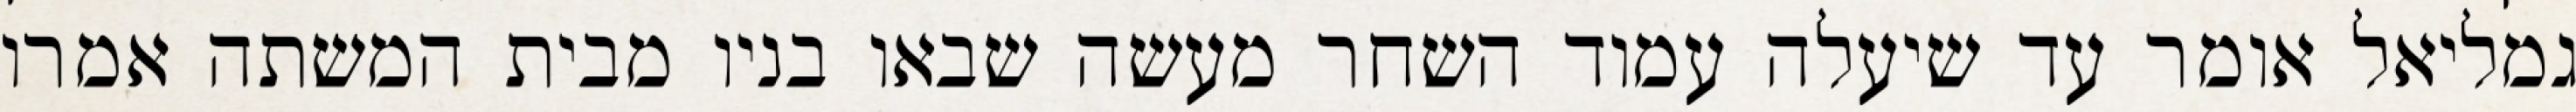
גמליאל אומר עד שיעלה עמוד השחר מעשה שבאו בניו מבית המשתה אמרו